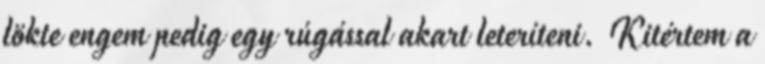
lökte engem pedig egy rúgással akart leteríteni. Kitértem a